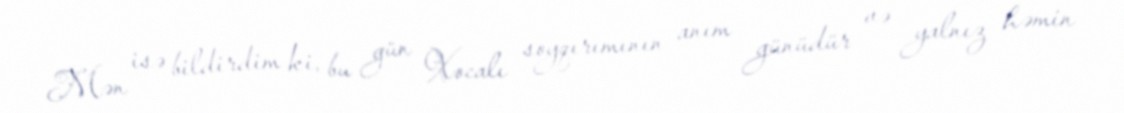
Mən isə bildirdim ki, bu gün Xocalı soyqırımının anım günüdür və yalnız həmin